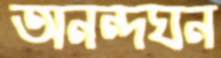
অনন্দঘন